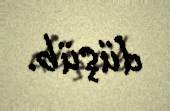
düşüb.